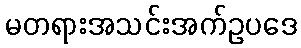
မတရားအသင်းအက်ဥပဒေ